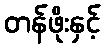
တန်ဖိုးနှင့်